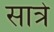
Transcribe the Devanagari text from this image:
सात्रे